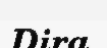
Dira